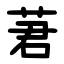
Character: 莙